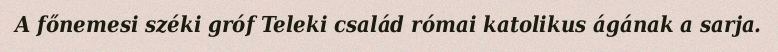
A főnemesi széki gróf Teleki család római katolikus ágának a sarja.